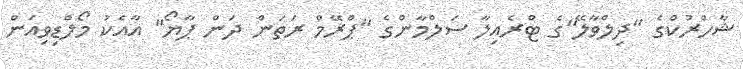
ޝާހްރުކްގެ "ދިލްވާލޭ"ގެ ޓްރެއިލާ ސަލްމާންގެ "ޕްރޭމް ރަތަން ދަން ޕާޔޯ" އާއެކު މޯލްޑިވިއަން